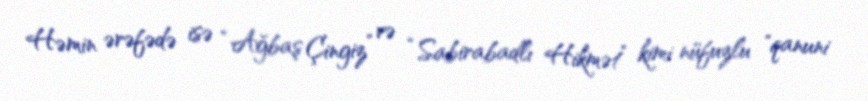
Həmin ərəfədə isə “Ağbaş Çingiz” və “Sabirabadlı Hikmət” kimi nüfuzlu "qanuni